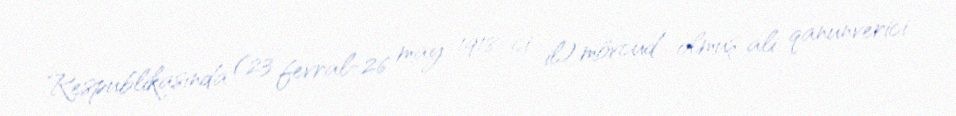
Respublikasında (23 fevral-26 may 1918-ci il) mövcud olmuş ali qanunverici